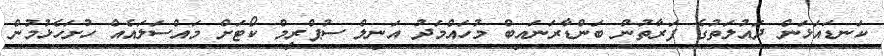
ކަނޑައަޅަން ދައުލަތުގެ ފަރާތުން ބަންޑާރަނައިބް މުހައްމަދު އަނިލް ސުޕްރީމް ކޯޓަށް މައްސަލައެއް ހުށަހެޅުމުން